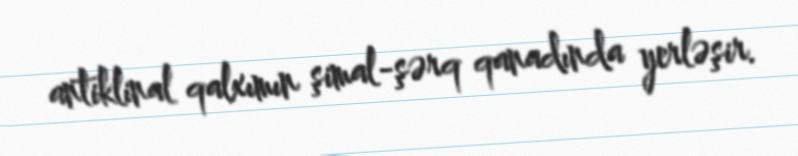
antiklinal qalxımın şimal-şərq qanadında yerləşir.